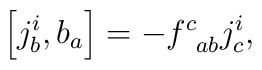
\left[ j_{b}^{i},b_{a}\right] =-f_{\;\;ab}^{c}j_{c}^{i},